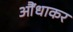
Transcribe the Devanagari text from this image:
औंधाकर